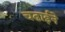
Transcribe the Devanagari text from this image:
चढाईने